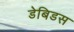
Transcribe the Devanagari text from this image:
डेबिडस